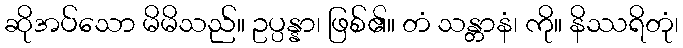
ဆိုအပ်သော မိမိသည်။ ဥပ္ပန္နာ၊ ဖြစ်၏။ တံ သန္တာနံ၊ ကို။ နိဿရိတုံ၊